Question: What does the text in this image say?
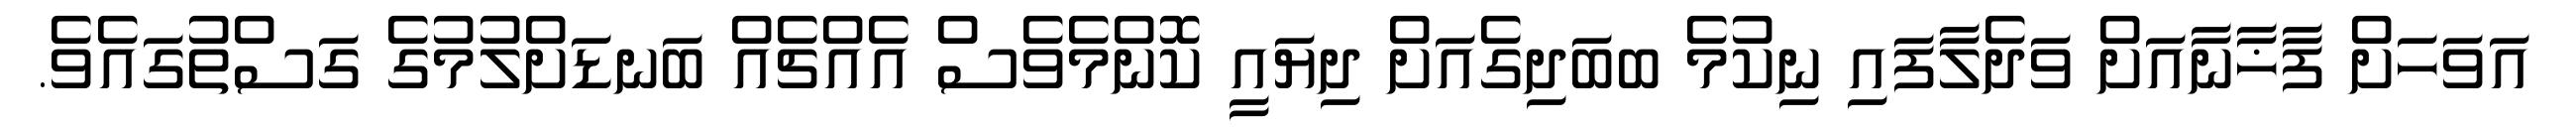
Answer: އަވަހަށް ފާޚާނާއަށް ވަދެލާފައި ނިކުމެ ބބަދިގެއަށް ދިޔައީ ކޮންމެވެސް އެއްޗެއް ބަނޑަށްލުމުގެ ގަސްތުގައެވެ.